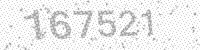
Solution: 167521